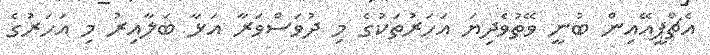
އެޗްޕީއޭއިން ބުނީ ވޭތުވެދިޔަ އަހަރުތަކުގެ މި ދުވަސްވަރާ އަޅާ ބަލާއިރު މި އަހަރުގެ